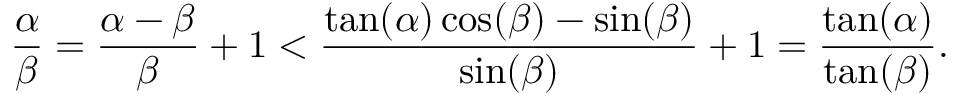
{ \frac { \alpha } { \beta } } = { \frac { \alpha - \beta } { \beta } } + 1 < { \frac { \tan ( \alpha ) \cos ( \beta ) - \sin ( \beta ) } { \sin ( \beta ) } } + 1 = { \frac { \tan ( \alpha ) } { \tan ( \beta ) } } .